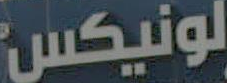
لونيكس